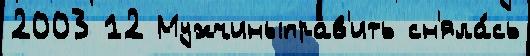
2003 12 Мужчиныправ'ить сн'яла́сь